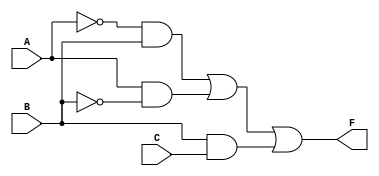
module combinational_logic (
    input wire A,  // First input
    input wire B,  // Second input
    input wire C,  // Third input
    output wire F  // Output
);

// Implementation of the reduced SOP expression
// Let's assume the simplified expression is: F = A'B + AB' + BC
assign F = (~A & B) | (A & ~B) | (B & C);

endmodule